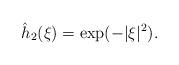
LaTeX: \begin{align*} \hat h_2(\xi) = \exp(- |\xi|^2). \end{align*}